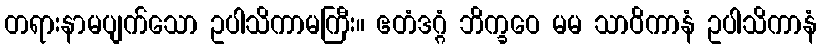
တရားနာမပျက်သော ဥပါသိကာမကြီး။ ဧတံဒဂ္ဂံ ဘိက္ခဝေ မမ သာဝိကာနံ ဥပါသိကာနံ